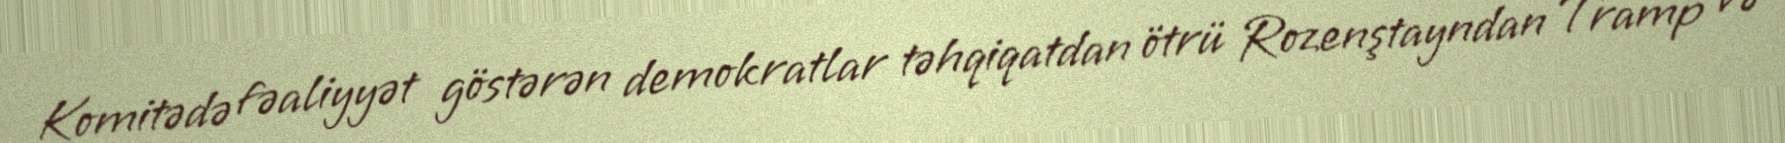
Komitədə fəaliyyət göstərən demokratlar təhqiqatdan ötrü Rozenştayndan Tramp və